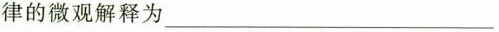
律的微观解释为______